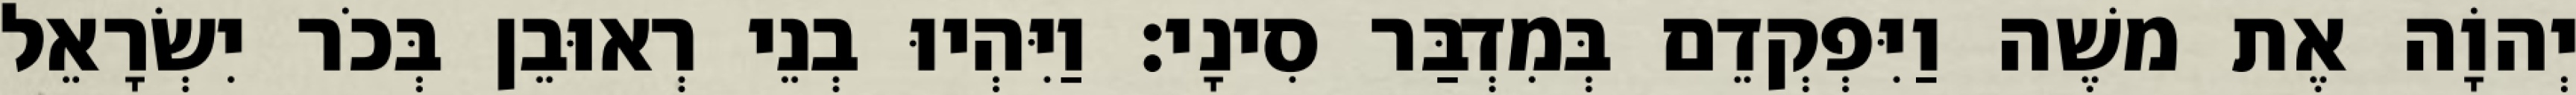
יְהוָֹה אֶת משֶׁה וַיִּפְקְדֵם בְּמִדְבַּר סִינָי׃ וַיִּהְיוּ בְנֵי רְאוּבֵן בְּכֹר יִשְׂרָאֵל